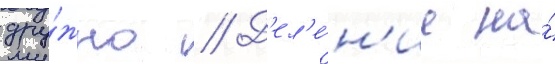
дру́жно // Д'ел'е́н'ие на́